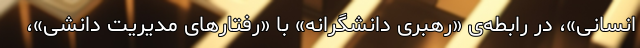
انسانی»، در رابطه‌ی «رهبری دانشگرانه» با «رفتارهای مدیریت دانشی»،